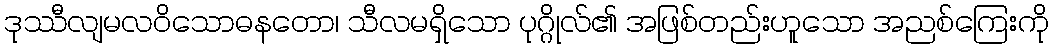
ဒုဿီလျမလဝိသောဓနတော၊ သီလမရှိသော ပုဂ္ဂိုလ်၏ အဖြစ်တည်းဟူသော အညစ်ကြေးကို